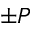
\pm P